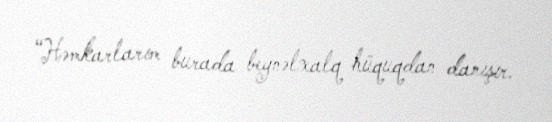
“Həmkarlarım burada beynəlxalq hüquqdan danışır.